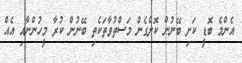
އެންމެ ބޮޑީ ކަށި ބޭނުން ކޮށްގެން މަސްތުވާތަކެތި ބޭނުން ކުރާ މީހުންނާއި އެއް